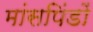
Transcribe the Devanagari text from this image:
मांसपिंडों